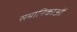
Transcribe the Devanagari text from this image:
समानिकाओं